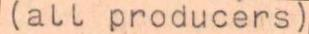
(all producers)